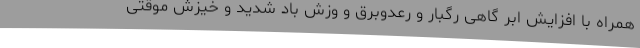
همراه با افزایش ابر گاهی رگبار و رعدوبرق و وزش باد شدید و خیزش موقتی